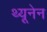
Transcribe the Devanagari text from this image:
थ्यूनेन